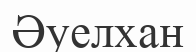
Әуелхан